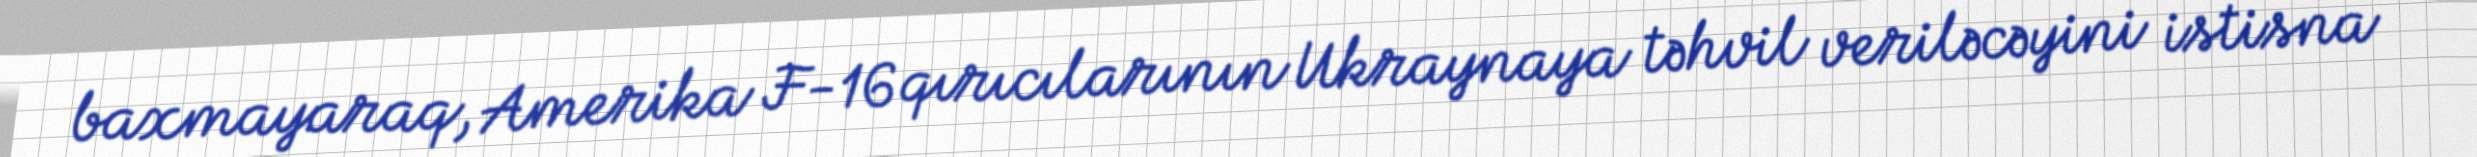
baxmayaraq, Amerika F-16 qırıcılarının Ukraynaya təhvil veriləcəyini istisna